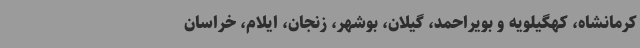
کرمانشاه، کهگیلویه و بویراحمد، گیلان، بوشهر، زنجان، ایلام، خراسان